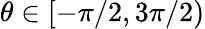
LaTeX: \theta\in[-\pi/2,3\pi/2)